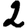
Digit: 2